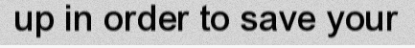
up in order to save your